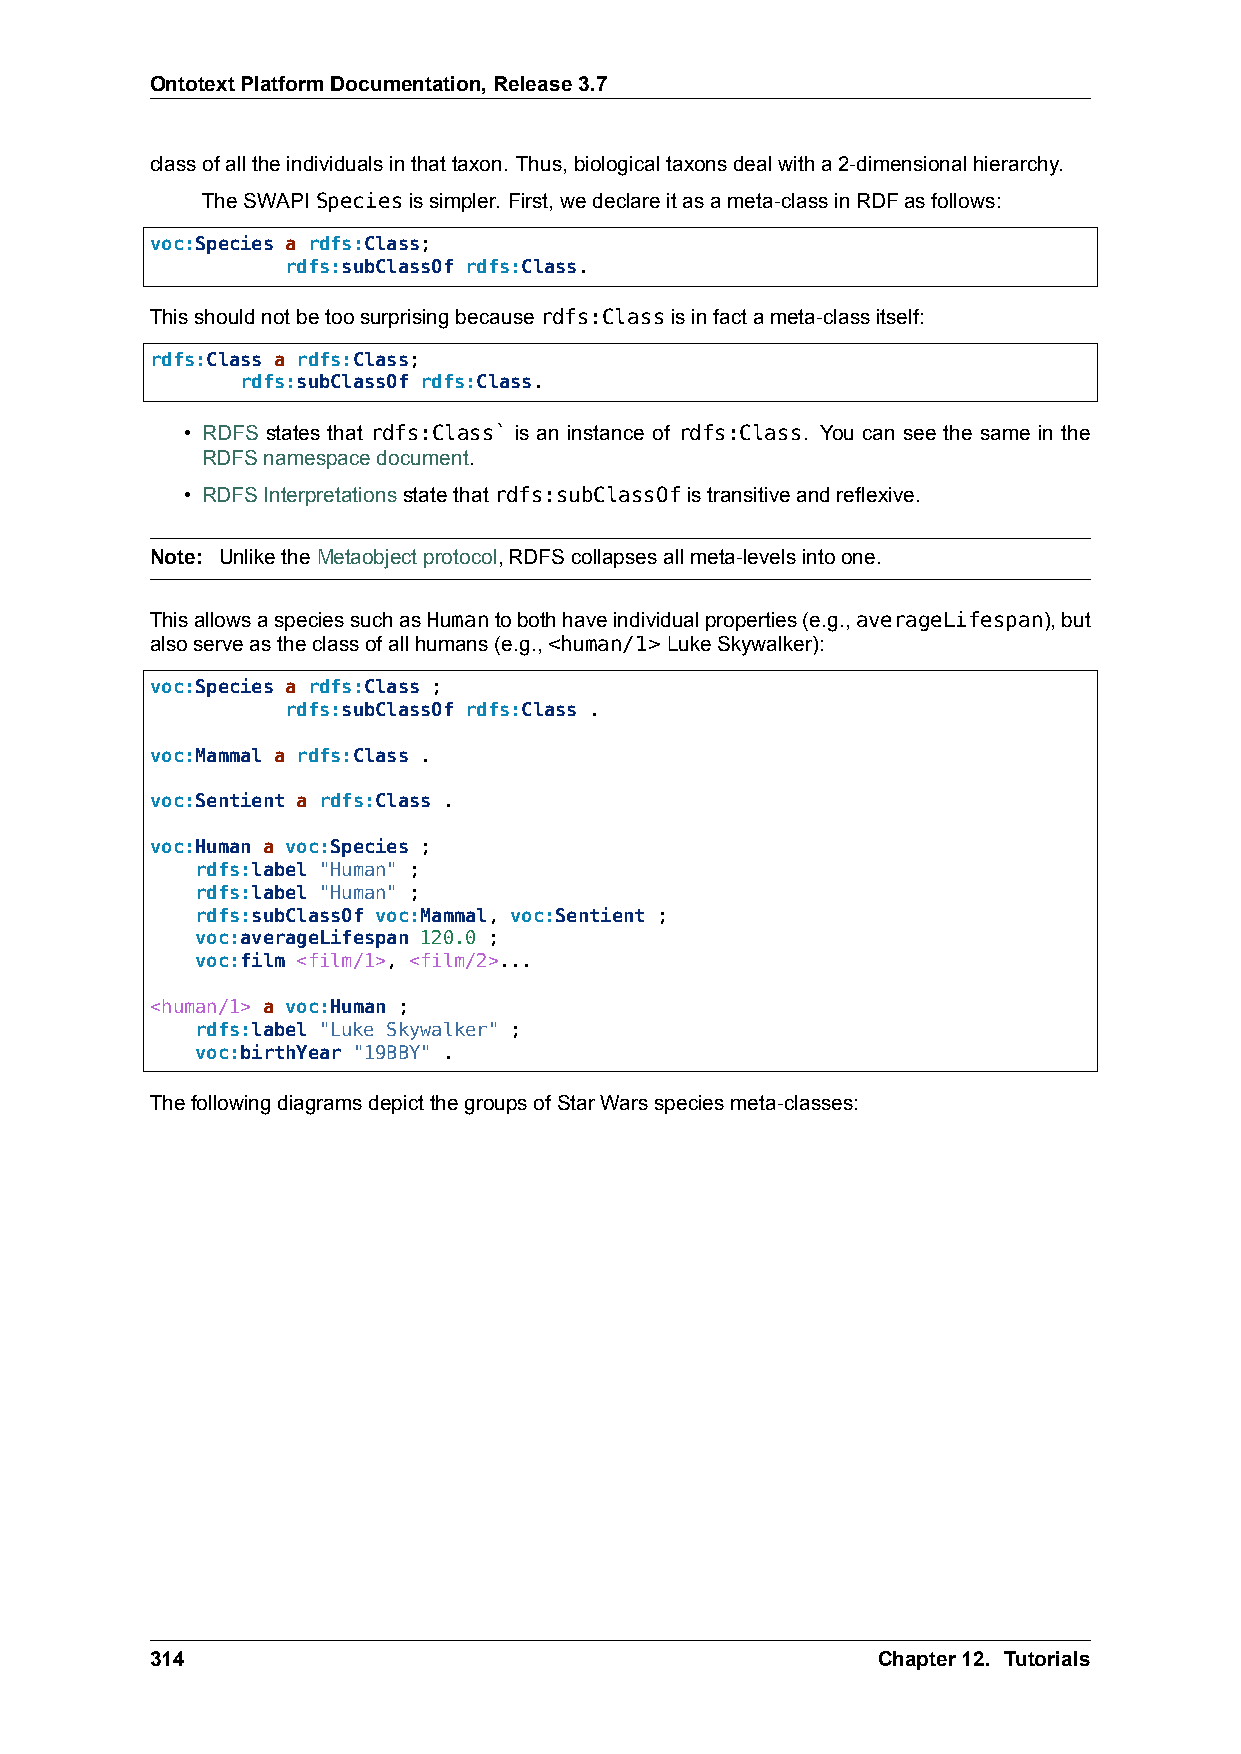
OntotextPlatformDocumentation,Release3.7
 classofalltheindividualsinthattaxon. Thus,biologicaltaxonsdealwitha2-dimensionalhierarchy.
 TheSWAPISpeciesissimpler. First,wedeclareitasameta-classinRDFasfollows:
 voc:Species a rdfs:Class;
 rdfs:subClassOf rdfs:Class.
 Thisshouldnotbetoosurprisingbecauserdfs:Classisinfactameta-classitself:
 rdfs:Class a rdfs:Class;
 rdfs:subClassOf rdfs:Class.
 • RDFS states that rdfs:Class` is an instance of rdfs:Class. You can see the same in the
 RDFSnamespacedocument.
 • RDFSInterpretationsstatethatrdfs:subClassOfistransitiveandreflexive.
 Note: UnliketheMetaobjectprotocol,RDFScollapsesallmeta-levelsintoone.
 ThisallowsaspeciessuchasHumantobothhaveindividualproperties(e.g.,averageLifespan),but
 alsoserveastheclassofallhumans(e.g.,<human/1>LukeSkywalker):
 voc:Species a rdfs:Class ;
 rdfs:subClassOf rdfs:Class .
 voc:Mammal a rdfs:Class .
 voc:Sentient a rdfs:Class .
 voc:Human a voc:Species ;
 rdfs:label "Human" ;
 rdfs:label "Human" ;
 rdfs:subClassOf voc:Mammal, voc:Sentient ;
 voc:averageLifespan 120.0 ;
 voc:film <film/1>, <film/2>...
 <human/1> a voc:Human ;
 rdfs:label "Luke Skywalker" ;
 voc:birthYear "19BBY" .
 ThefollowingdiagramsdepictthegroupsofStarWarsspeciesmeta-classes:
 314                                             Chapter12. Tutorials